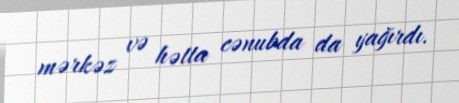
mərkəz və hətta cənubda da yağırdı.